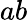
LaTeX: ab